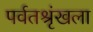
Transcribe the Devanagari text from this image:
पर्वतश्रृंखला